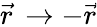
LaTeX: {\vec{r}}\, \rightarrow-{\vec{r}}